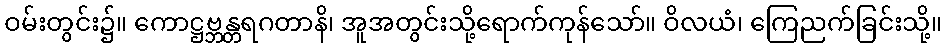
ဝမ်းတွင်း၌။ ကောဋ္ဌဗ္ဘန္တရဂတာနိ၊ အူအတွင်းသို့ရောက်ကုန်သော်။ ဝိလယံ၊ ကြေညက်ခြင်းသို့။